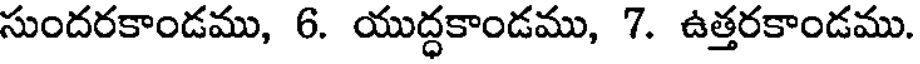
సుందరకాండము, 6. యుద్ధకాండము, 7. ఉత్తరకాండము.